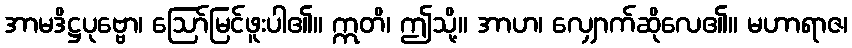
အာမဒိဋ္ဌပုဗ္ဗော၊ ဩော်မြင်ဖူးပါ၏။ ဣတိ၊ ဤသို့။ အာဟ၊ လျှောက်ဆိုလေ၏။ မဟာရာဇ၊